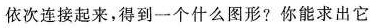
依次连接起来，得到一个什么图形?你能求出它